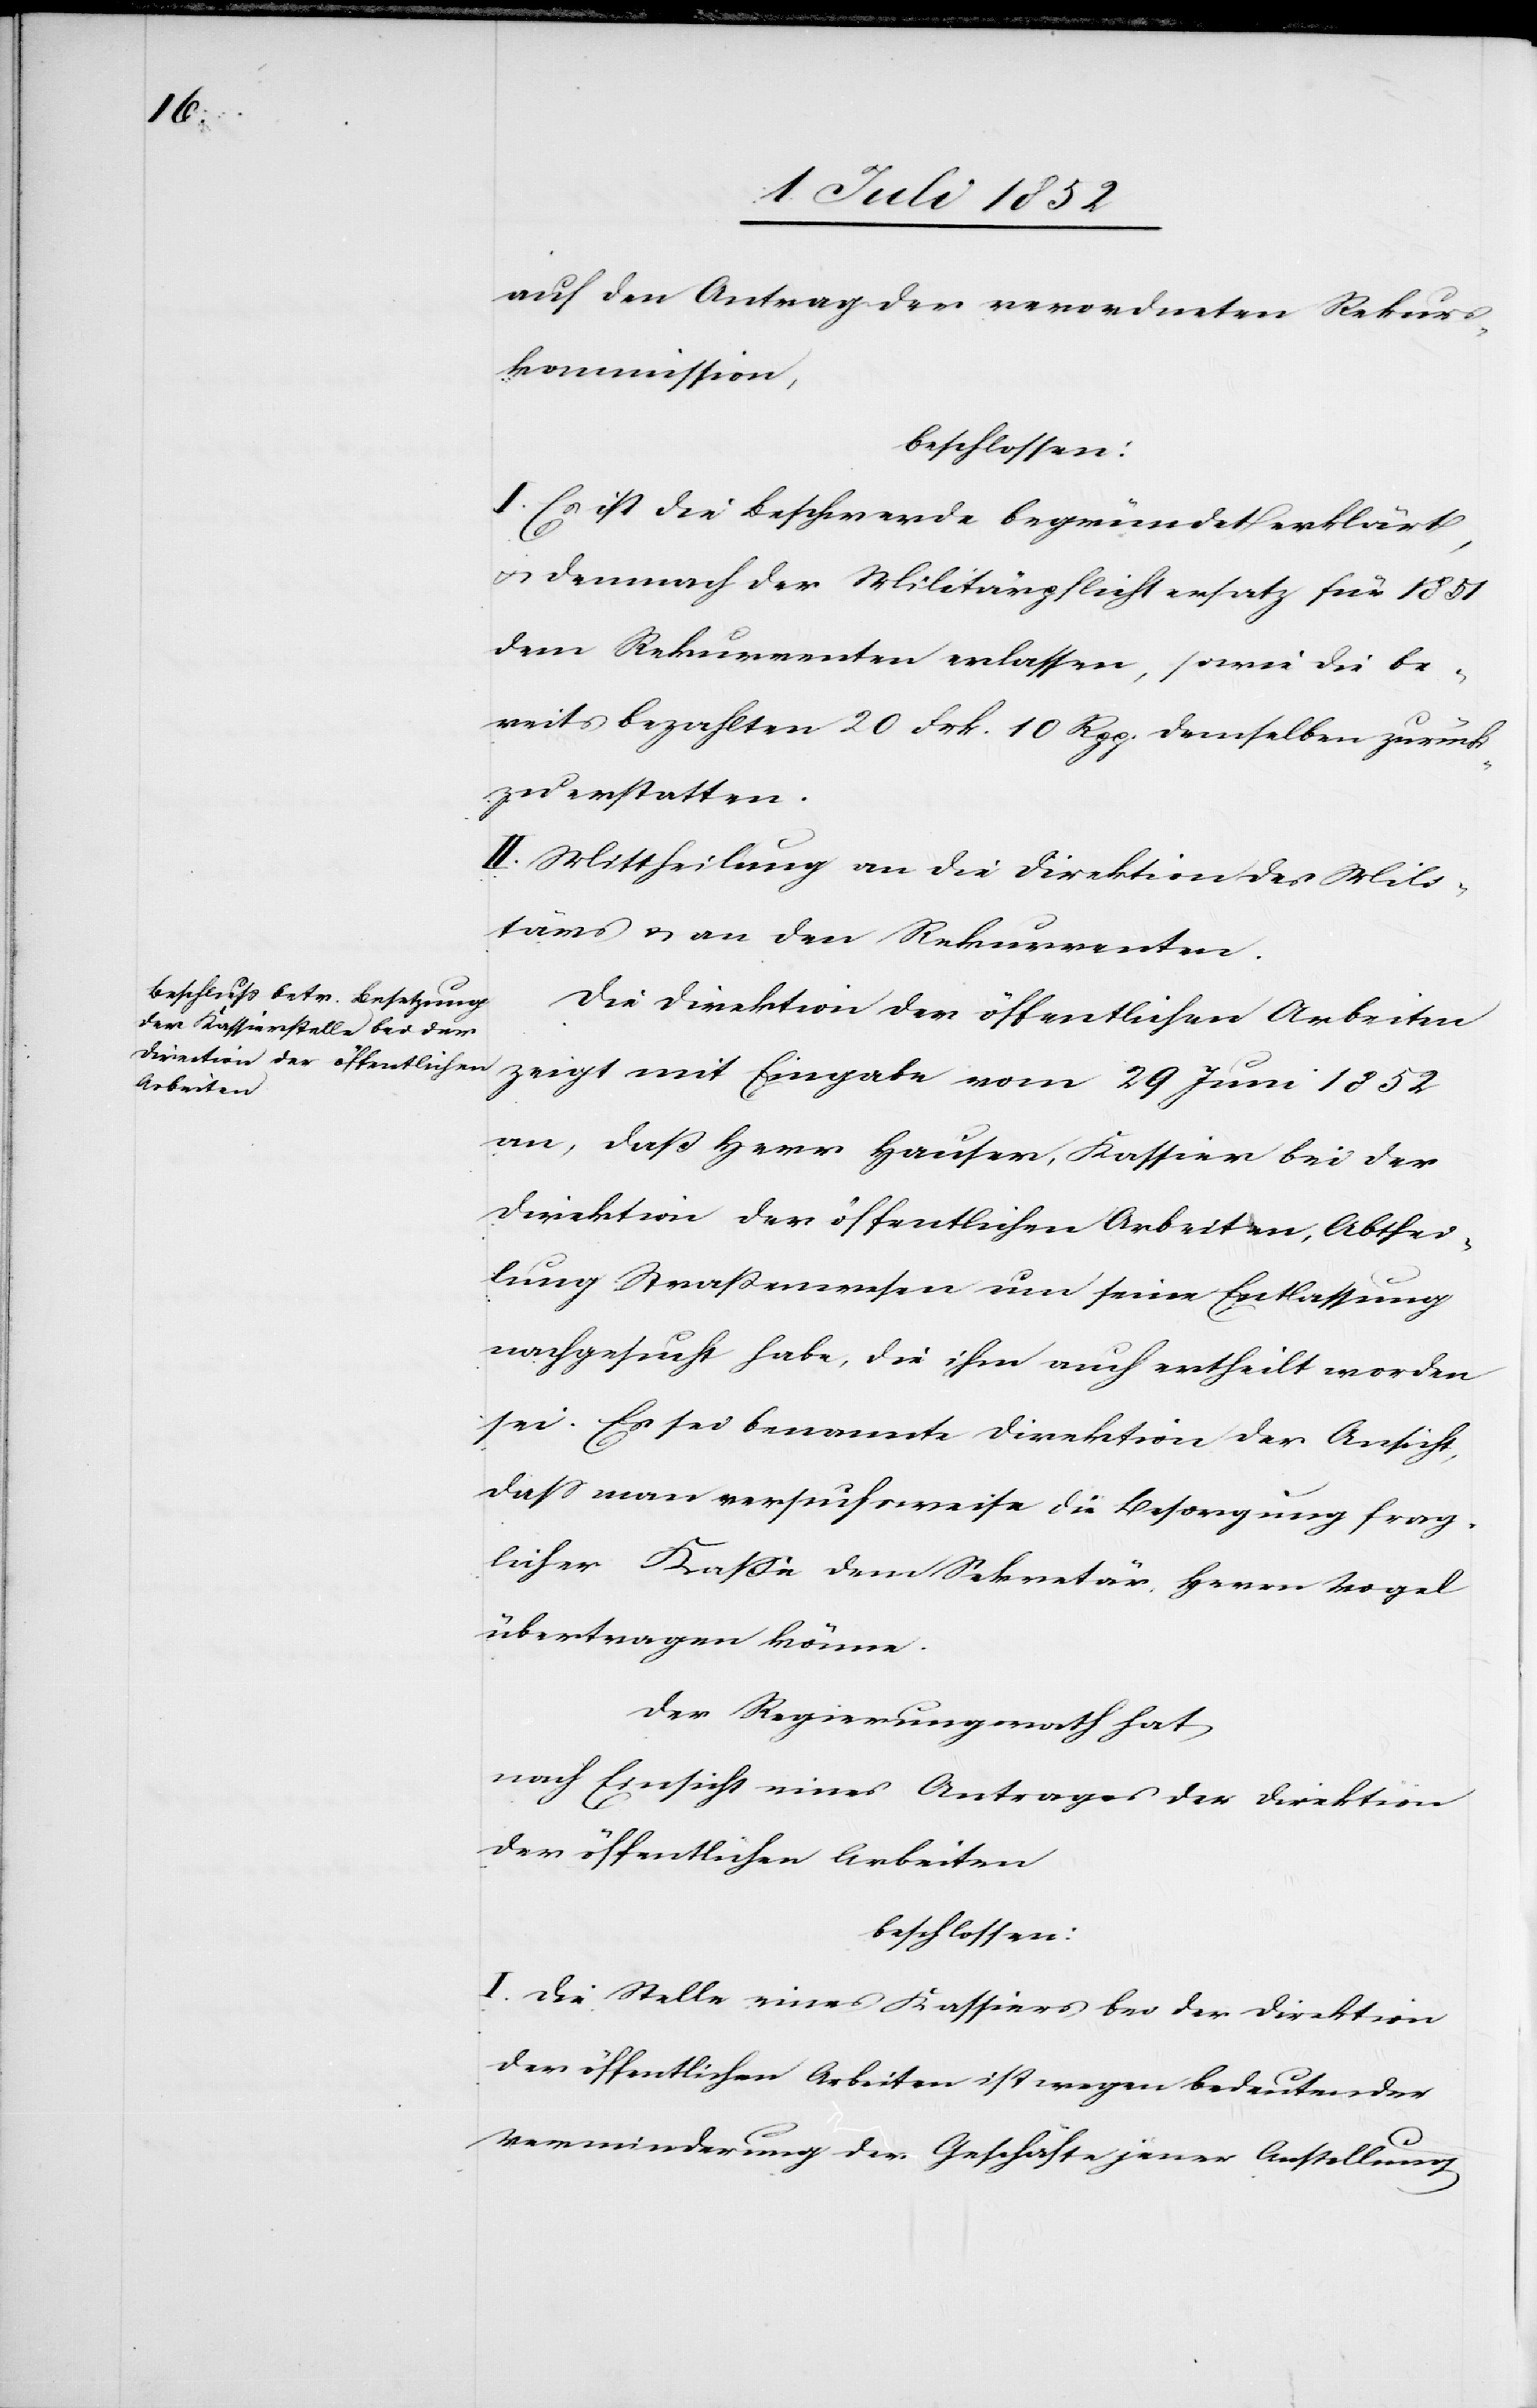
auf den Antrag der verordneten Rekurs¬
kommission,
beschlossen:
I. Es ist die Beschwerde begründet erklärt,
demnach der Militärpflichtersatz für 1851
dem Rekurrenten erlassen, sowie die be¬
reits bezahlten 20 Frk. 10 Rpp. demselben zurück¬
zuerstatten.
II. Mittheilung an die Direktion des Mili¬
tärs & an den Rekurrenten.
Die Direktion der öffentlichen Arbeiten
zeigt mit Eingabe vom 29 Juni 1852
an, daß Herr Hauser, Kassier bei der
Direktion der öffentlichen Arbeiten, Abthei¬
lung Straßenwesen um seine Entlassung
nachgesucht habe, die ihm auch ertheilt worden
sei. Es sei benannte Direktion der Ansicht,
dass man versuchsweise die Besorgung frag¬
licher Kasse dem Sekretär, Herrn Vogel
übertragen könne.
Der Regierungsrath hat
nach Einsicht eines Antrages der Direktion
der öffentlichen Arbeiten
beschlossen:
I. Die Stelle eines Kassiers bei der Direktion
der öffentlichen Arbeiten ist wegen bedeutender
Verminderung der Geschäfte jener Anstellung